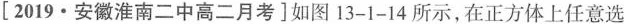
[2019·安徽淮南二中高二月考]如图13-1-14所示，在正方体上任意选